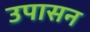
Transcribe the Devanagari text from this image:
उपासन